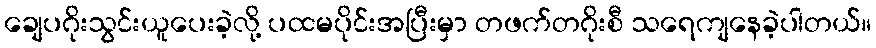
ချေပဂိုးသွင်းယူပေးခဲ့လို့ ပထမပိုင်းအပြီးမှာ တဖက်တဂိုးစီ သရေကျနေခဲ့ပါတယ်။